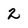
Character: 2